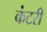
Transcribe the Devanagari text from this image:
कंटरी